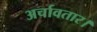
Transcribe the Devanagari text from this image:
अर्चावतार।